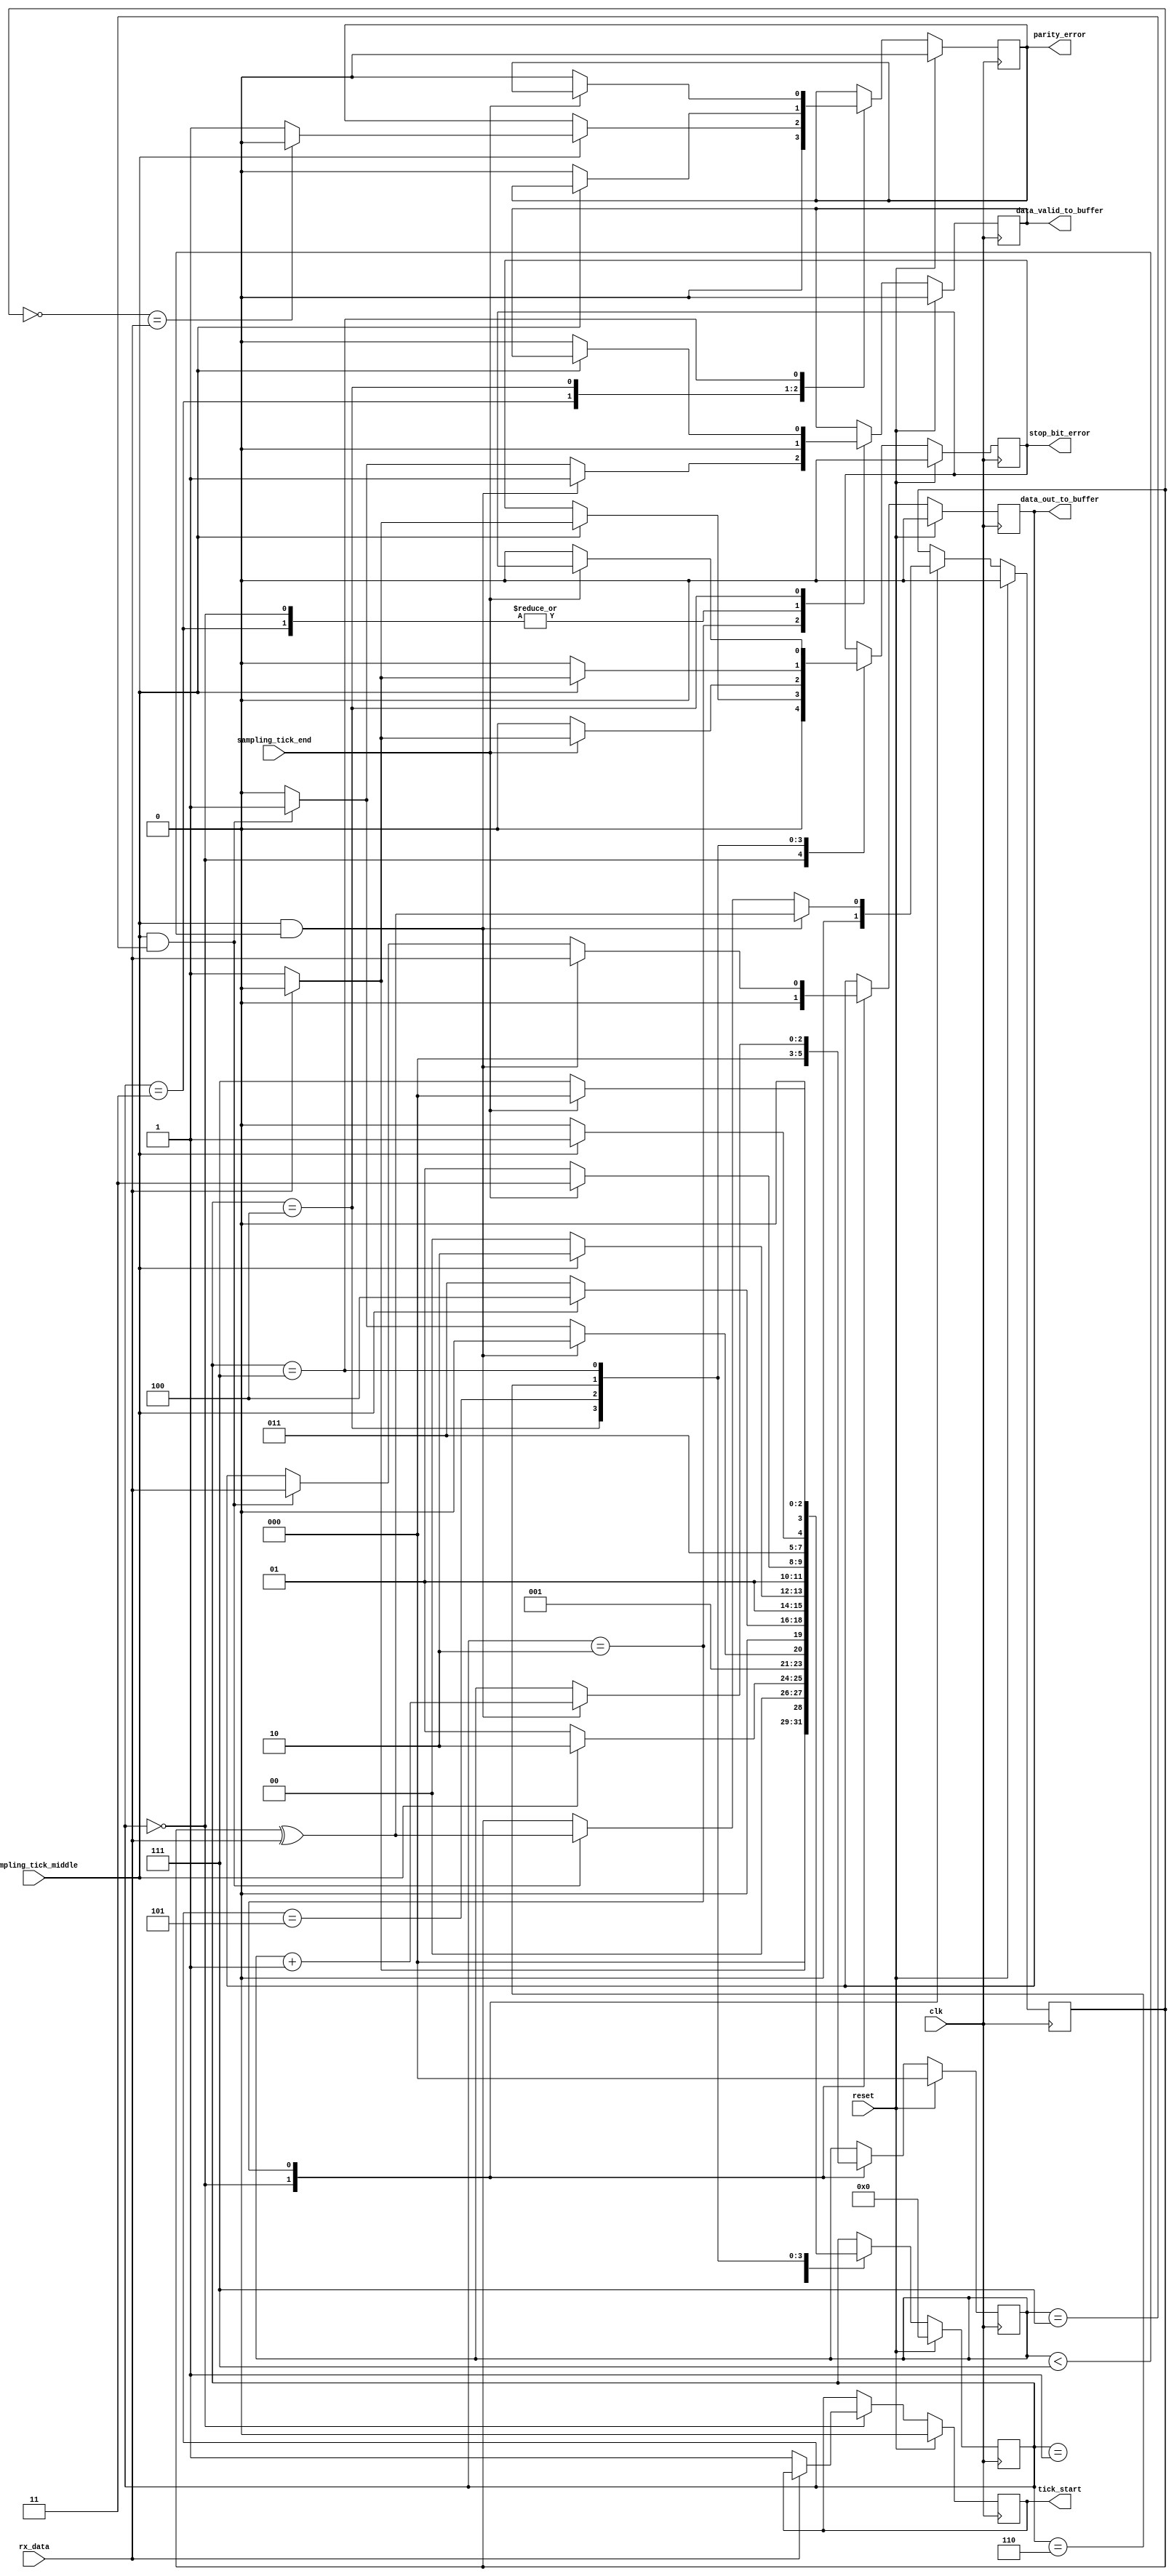
`timescale 1ns / 1ps
module rx_fsm#
(	
	parameter  NO_OF_DATA_BITS =8, 		 //6,7,8
	parameter  PARITY_ENABLED  ="TRUE",  //"FALSE", "TRUE"
	parameter  PARITY_TYPE     ="ODD",   // "ODD", "EVEN"
	parameter  NO_OF_STOP_BITS ="2"		 //"0" "1" "1.5" "2"
)
(  
 input 	clk,
 input 	reset,

 input  sampling_tick_middle,
 input 	sampling_tick_end,
 output reg tick_start,
	 
 input	rx_data,
 output reg data_out_to_buffer,
 output reg data_valid_to_buffer,
 output reg parity_error,
 output reg stop_bit_error
);
	 

	reg[2:0]   data_bit_counter; 
	reg parity;

   localparam IDLE 			= 4'b0000;
   localparam START_BIT 	= 4'b0001;
   localparam DATA_BITS 	= 4'b0010;
   localparam PARITY	   	= 4'b0011;
   localparam STOP_BITS 	= 4'b0100;
   localparam STOP_BITS1_5 = 4'b0101;
   localparam STOP_BITS2 	= 4'b0110;
   localparam DONE      	= 4'b0111;

   reg [3:0]  state;
	//assign debug=state;
   always@(posedge clk) begin	
      if (reset) begin
         state 				<= IDLE;
			tick_start			<=1'b0;
			data_out_to_buffer  <=1'b0;
		   data_valid_to_buffer<=1'b0;
			data_bit_counter	<=3'b000;
			parity 				<=1'b0;
			parity_error		<=1'b0;
			stop_bit_error		<=1'b0;
      end
      else begin
         case (state)
            IDLE : begin
               if (~rx_data)begin
                  state 		<= START_BIT;
						tick_start	<=1'b1;
					end
               else begin
                  state <= IDLE;
					end
					data_out_to_buffer  <=1'b0;
					data_valid_to_buffer<=1'b0;
					data_bit_counter	<=3'b000;
					parity 				<=1'b0;
					parity_error		<=1'b0;
					stop_bit_error		<=1'b0;
            end
            START_BIT : begin
               if (sampling_tick_middle)
                  state <= DATA_BITS;
               else
                  state <= START_BIT;
            end
            DATA_BITS : begin
               if (sampling_tick_middle && data_bit_counter<(NO_OF_DATA_BITS-1))begin
						data_out_to_buffer<=rx_data;
						data_valid_to_buffer<=1'b1;
                  data_bit_counter<=data_bit_counter+3'b001;
						state <=DATA_BITS;
						if(PARITY_ENABLED=="TRUE")
							parity<=parity^rx_data;
					end
               else if (sampling_tick_middle && data_bit_counter==(NO_OF_DATA_BITS-1))begin
						data_out_to_buffer<=rx_data;	
						data_valid_to_buffer<=1'b1;						
						if(PARITY_ENABLED=="TRUE")begin
							state <= PARITY;
							parity<=parity^rx_data;
						end
						else if(NO_OF_STOP_BITS=="0")
							state <=DONE;//
						else
							state <= STOP_BITS;
					end
               else begin
                  state <= DATA_BITS;
						data_valid_to_buffer<=1'b0;
					end
            end
				PARITY   :begin
					if (sampling_tick_middle)begin
						data_valid_to_buffer<=1'b0;
						parity_error<=(PARITY_TYPE!="ODD")?((parity==rx_data)?1'b0:1'b1):((~parity==rx_data)?1'b0:1'b1);
						if(NO_OF_STOP_BITS=="0")
							state <=DONE;//
						else
							state  <=STOP_BITS;
					end
					else begin
						state<=PARITY;
						data_valid_to_buffer<=1'b0;
					end
				end
            STOP_BITS: begin					
					if (sampling_tick_middle)begin
						stop_bit_error <=(rx_data)?1'b0:1'b1;
						if (NO_OF_STOP_BITS=="1")begin
							state <= DONE;//
						end
						else if (NO_OF_STOP_BITS=="1.5")
							state <= STOP_BITS1_5;
						else if (NO_OF_STOP_BITS=="2")
							state <=STOP_BITS2;
					end
               else begin
                  state <=STOP_BITS;
						data_valid_to_buffer<=1'b0;	
						parity_error<=1'b0;	
					end
            end
				STOP_BITS1_5:begin
						if(sampling_tick_end)begin
							state <= DONE;//
							stop_bit_error <=(rx_data)?1'b0:1'b1;
						end
						else begin
							state <=STOP_BITS1_5;
							stop_bit_error <=1'b0;
						end
					end
				STOP_BITS2:begin
						if(sampling_tick_middle)begin
							state <= DONE;//
							stop_bit_error <=(rx_data)?1'b0:1'b1;
						end
						else begin
							state <=STOP_BITS2;
							stop_bit_error <=1'b0;
						end
					end
				DONE:begin
						if(sampling_tick_end)
							state <= IDLE;
						else  begin
							state <=DONE;
							stop_bit_error <=1'b0;
							parity_error<=1'b0;
						end
					end
         endcase
	end

end
endmodule